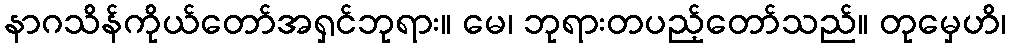
နာဂသိန်ကိုယ်တော်အရှင်ဘုရား။ မေ၊ ဘုရားတပည့်တော်သည်။ တုမှေဟိ၊